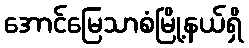
အောင်မြေသာစံမြို့နယ်ရှိ